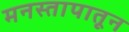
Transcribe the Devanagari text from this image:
मनस्तापातून